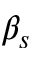
\beta _ { s }